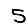
Digit: 5